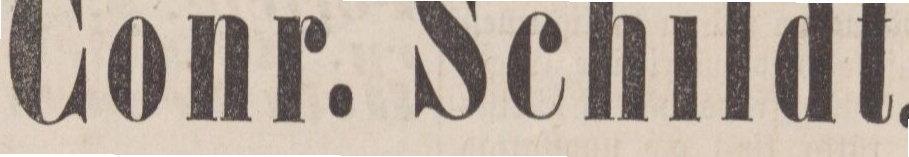
Conr. Schildt.